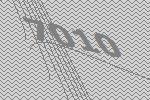
7010